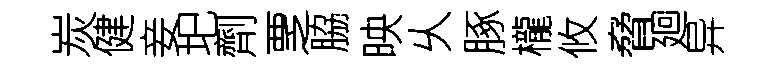
炭健妾圯劑覂脇映乆䐁櫳攸脅廻异